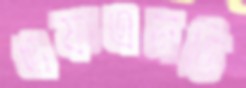
এফএনডি